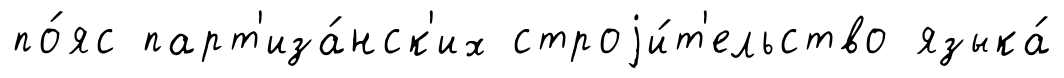
по́яс парт'иза́нск'их строjи́т'ельство языка́